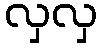
လှလှ